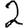
Digit: 2